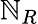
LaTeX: \mathbb{N}_{R}